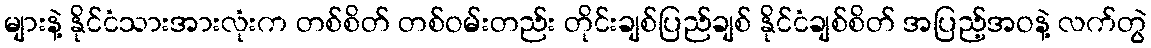
များနဲ့ နိုင်ငံသားအားလုံးက တစ်စိတ် တစ်ဝမ်းတည်း တိုင်းချစ်ပြည်ချစ် နိုင်ငံချစ်စိတ် အပြည့်အဝနဲ့ လက်တွဲ